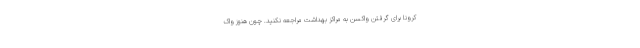
کرونا برای گرفتن واکسن به مراکز بهداشت مراجعه نکنید. چون هنوز واک